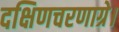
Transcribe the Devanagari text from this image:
दक्षिणचरणाग्रे।